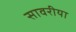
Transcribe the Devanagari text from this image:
सावरीया